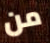
من